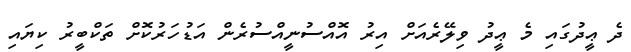
ދެ ޢީދުގައި މެ ޢީދު ވިލޭރެއަށް އިރު އޮއްސުނީއްސުރެން އަޑުހަރުކޮށް ތަކްބީރު ކިޔައި